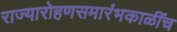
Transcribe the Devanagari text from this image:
राज्यारोहणसमारंभकाळींच